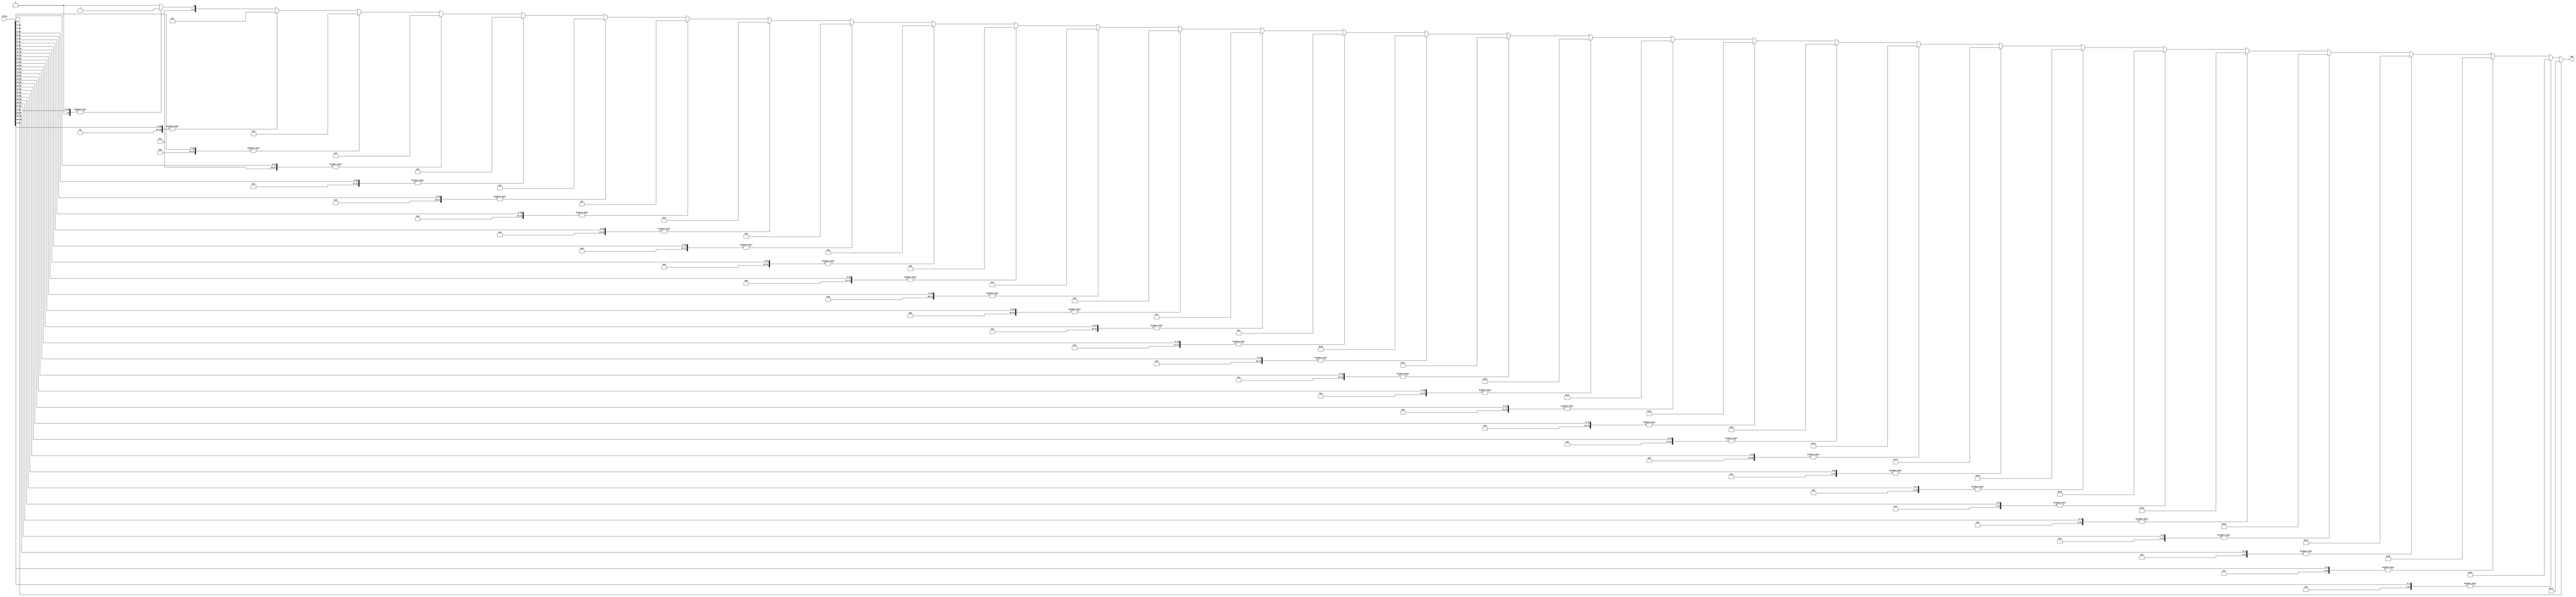
module log2 (
    input wire [31:0] value, 
    output reg [4:0] log      
);
    integer i;

    always @(*) begin
        log = 0;
        for (i = 0; i < 32; i = i + 1) begin
            if (value >> i) begin
                log = i;
            end
        end
    end
endmodule